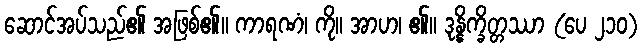
ဆောင်အပ်သည်၏ အဖြစ်၏။ ကာရဏံ၊ ကို။ အာဟ၊ ၏။ ဒုန္နိက္ခိတ္တဿာ (ပေ ၂၁၀)